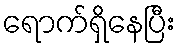
ရောက်ရှိနေပြီး